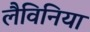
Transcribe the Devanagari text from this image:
लैविनिया